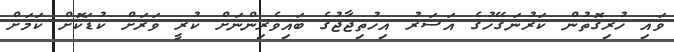
ވައި ހުރިގޮތުން ކަރުނަގޭހުގެ އަސަރު އިހުތިޖާޖުގެ ބައިވެރިންނަށް ކުރީ ވަރަށް ކުޑަކޮށް ކަމަށް